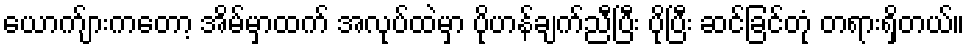
ယောက်ျားကတော့ အိမ်မှာထက် အလုပ်ထဲမှာ ပိုဟန်ချက်ညီပြီး ပိုပြီး ဆင်ခြင်တုံ တရားရှိတယ်။